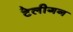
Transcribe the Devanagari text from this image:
टेलीगन